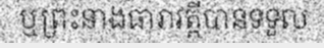
ឬព្រះនាងធារាវត្តីបានទទួល